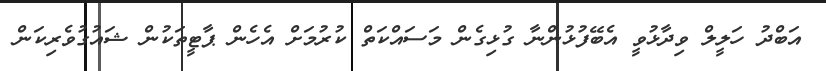
އަބްދު ހަލީލް ވިދާޅުވީ އެބޭފުޅުންނާ ގުޅިގެން މަސައްކަތް ކުރުމަށް އެހެން ޕާޓީތަކުން ޝައުގުވެރިކަން